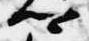
卿